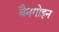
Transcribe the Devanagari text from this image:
बैनगोइन